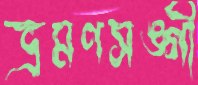
ভ্রমণসঙ্গী